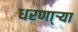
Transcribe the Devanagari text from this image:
धरणा्र्‍या